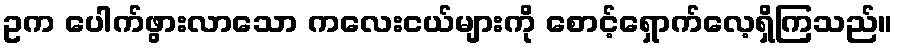
ဥက ပေါက်ဖွားလာသော ကလေးငယ်များကို စောင့်ရှောက်လေ့ရှိကြသည်။